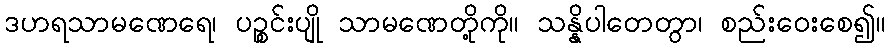
ဒဟရသာမဏေရေ၊ ပဉ္စင်းပျို သာမဏေတို့ကို။ သန္နိပါတေတွာ၊ စည်းဝေးစေ၍။